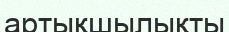
артықшылықты